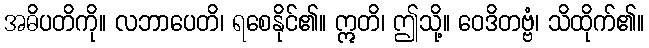
အဓိပတိကို။ လဘာပေတိ၊ ရစေနိုင်၏။ ဣတိ၊ ဤသို့။ ဝေဒိတဗ္ဗံ၊ သိထိုက်၏။